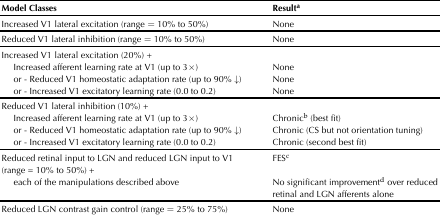
<table><thead><tr><td><b>Model Classes</b></td><td><b>Result<sup>a</sup></b></td></tr></thead><tbody><tr><td>Increased V1 lateral excitation (range = 10% to 50%)</td><td>None</td></tr><tr><td>Reduced V1 lateral inhibition (range = 10% to 50%)</td><td>None</td></tr><tr><td>Increased V1 lateral excitation (20%) +</td><td></td></tr><tr><td> Increased afferent learning rate at V1 (up to 3×)</td><td>None</td></tr><tr><td> or - Reduced V1 homeostatic adaptation rate (up to 90% <i>↓</i>)</td><td>None</td></tr><tr><td> or - Increased V1 excitatory learning rate (0.0 to 0.2)</td><td>None</td></tr><tr><td>Reduced V1 lateral inhibition (10%) +</td><td></td></tr><tr><td> Increased afferent learning rate at V1 (up to 3×)</td><td>Chronic<sup>b</sup> (best fit)</td></tr><tr><td> or - Reduced V1 homeostatic adaptation rate (up to 90% <i>↓</i>)</td><td>Chronic (CS but not orientation tuning)</td></tr><tr><td> or - Increased V1 excitatory learning rate (0.0 to 0.2)</td><td>Chronic (second best fit)</td></tr><tr><td>Reduced retinal input to LGN and reduced LGN input to V1 (range = 10% to 50%) +</td><td>FES<sup>c</sup></td></tr><tr><td> each of the manipulations described above</td><td>No significant improvement<sup>d</sup> over reduced retinal and LGN afferents alone</td></tr><tr><td>Reduced LGN contrast gain control (range = 25% to 75%)</td><td>None</td></tr></tbody></table>